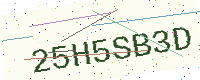
Text: 25H5SB3D